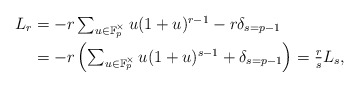
\begin{align*}\textstyle L_r & = \textstyle - r \sum_{u \in \mathbb F_p^\times} u (1 + u)^{r-1} - r \delta_{s=p-1} \\&\textstyle = - r \left(\sum_{u \in \mathbb F_p^\times} u (1 + u)^{s-1} + \delta_{s=p-1}\right) = \frac rs L_s,\end{align*}